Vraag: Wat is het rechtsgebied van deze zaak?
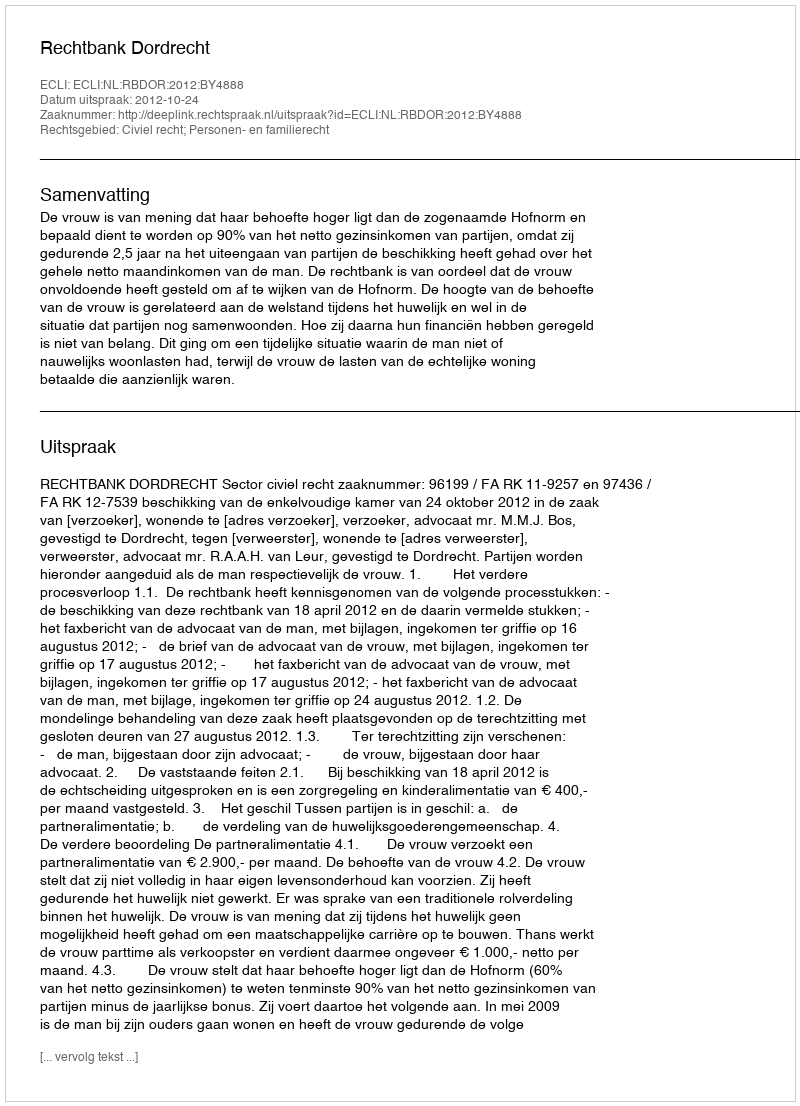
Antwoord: Civiel recht; Personen- en familierecht